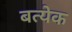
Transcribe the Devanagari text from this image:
बत्येक